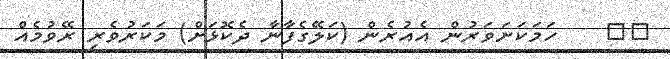
١٥    ހަމަކަށަވަރުން އެއުރެން (ކަލޭގެފާނާ ދެކޮޅަށް) މަކަރުވެރި ރޭވުމެއް